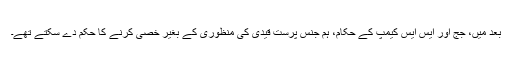
بعد میں، جج اور ایس ایس کیمپ کے حکام، ہم جنس پرست قیدی کی منظوری کے بغیر خصی کرنے کا حکم دے سکتے تھے۔